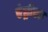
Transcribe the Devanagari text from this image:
एंड्रोएड